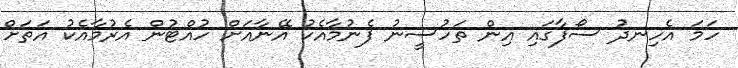
ހަމަ އެހިނދު ސޯފާގައި އިން ތަހުސީނު ފެނުމާއެކު އޭނާއަށް ހުއްޓުން އެރުމާއެކު އަތަށް